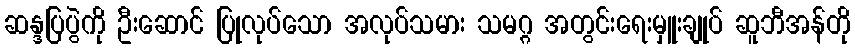
ဆန္ဒပြပွဲကို ဦးဆောင် ပြုလုပ်သော အလုပ်သမား သမဂ္ဂ အတွင်းရေးမှူးချုပ် ဆူဘီအန်တို